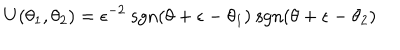
U ( \theta _ { 1 } , \theta _ { 2 } ) = \epsilon ^ { - 2 } \mathrm { ~ s g n } ( \theta + \epsilon - \theta _ { 1 } ) \mathrm { ~ s g n } ( \theta + \epsilon - \theta _ { 2 } )